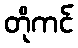
တိုကင်